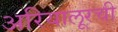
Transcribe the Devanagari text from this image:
अरियालूरची